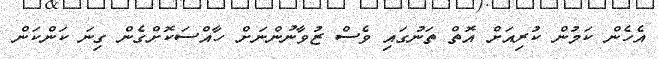
އެހެން ކަމުން ކުރިއަށް އޮތް ތަނުގައި ވެސް ޒުވާނުންނަށް ހާއްސަކޮށްގެން ގިނަ ކަންކަން